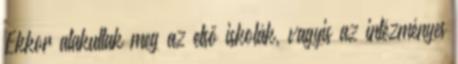
Ekkor alakultak meg az első iskolák, vagyis az intézményes